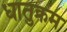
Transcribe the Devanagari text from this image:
धातुक्रम